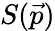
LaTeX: S(\vec{p})